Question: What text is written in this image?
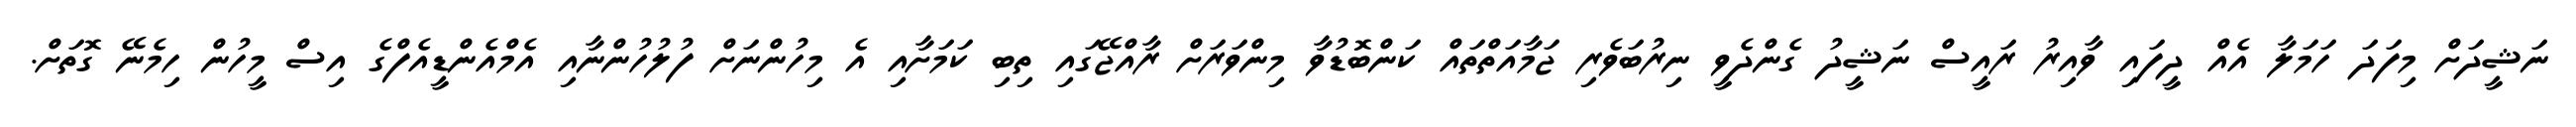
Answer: ނަޝީދަށް މިފަދަ ހަމަލާ އެއް ދީފައި ވާއިރު ރައީސް ނަޝީދު ގެންދެވީ ނިރުބަވެރި ޖަމާއަތްތައް ކަންބޮޑުވާ މިންވަރަށް ރާއްޖޭގައި ތިބި ކަމަށާއި އެ މިހުންނަށް ފުލުހުންނާއި އެމްއެންޑީއެފްގެ އިސް މީހުން ހިމެނޭ ގޮތަށް.